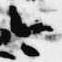
今